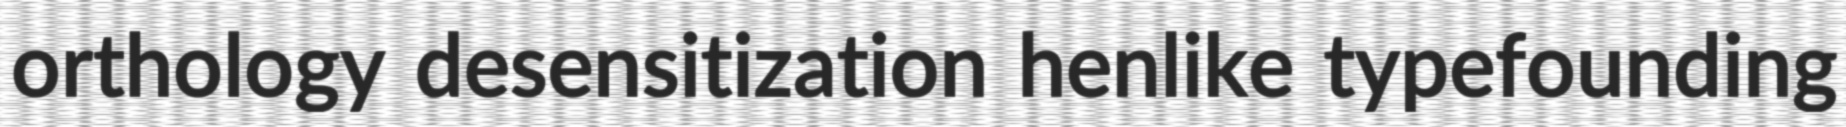
orthology desensitization henlike typefounding